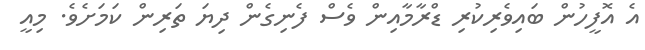
އެ އޮފީހުން ބައިވެރިކުރި ޑްރާމާއިން ވެސް ފެނިގެން ދިޔަ ތަރިން ކަމަށެވެ. މިއީ